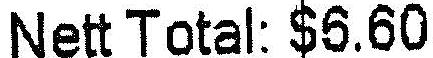
NETT TOTAL: $6.60